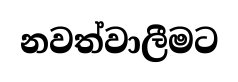
නවත්වාලීමට